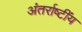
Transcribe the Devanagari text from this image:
अंतर्राष्टींय